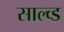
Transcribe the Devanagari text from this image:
साल्व्ड